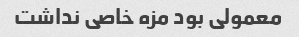
معمولی بود مزه خاصی نداشت